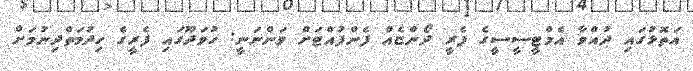
އަތޮޅުގައި ދުއްވާ އެމްޓީސީސީގެ ފެރީ ދޯންޏެއް ފެންފުއްޓަށް ވަންނަނީ: ހުވަދޫގައި ފެރީގެ ހިދުމަތްދިނުމަށް